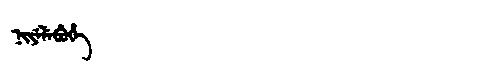
Manchu: ᠨᡳᠶᡝᠯᡝᠪᡠᡥᡝ
Romanization: NIYELEBUHE